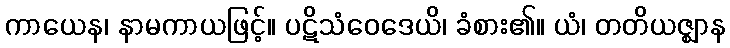
ကာယေန၊ နာမကာယဖြင့်။ ပဋိသံဝေဒေယိ၊ ခံစား၏။ ယံ၊ တတိယဇ္ဈာန